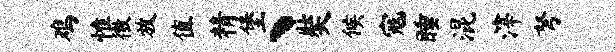
鸡惟徼放值精堡丶奘候寇睡混滓弩